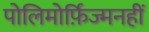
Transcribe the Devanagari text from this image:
पोलिमोर्फ़िज्मनहीं